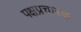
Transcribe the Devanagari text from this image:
पक्षप्रचारक